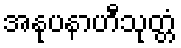
အနုပနာဟီသုတ္တံ